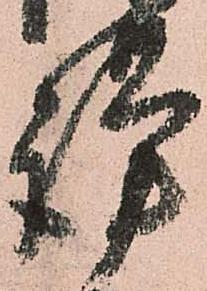
謹